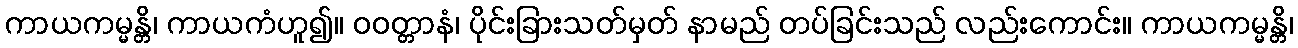
ကာယကမ္မန္တိ၊ ကာယကံဟူ၍။ ဝဝတ္တာနံ၊ ပိုင်းခြားသတ်မှတ် နာမည် တပ်ခြင်းသည် လည်းကောင်း။ ကာယကမ္မန္တိ၊